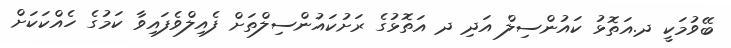
ބޭވުމަކީ ދ.އަތޮޅު ކައުންސިލް އަދި ދ އަތޮޅުގެ ރަށުކައުންސިލްތަށް ފެއިލްވެފައިވާ ކަމުގެ ހެއްކަކަށް